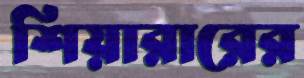
শিয়ারারের